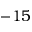
- 1 5